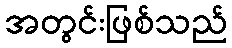
အတွင်းဖြစ်သည်